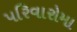
પરિવારોમા